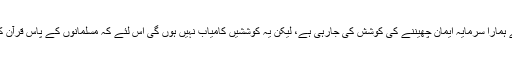
انہوں نے کہا کہ آج اسلامی قوانین کے متعلق شکوک و شبہات پیدا کرکے ہمارا سرمایہ ایمان چھیننے کی کوشش کی جارہی ہے، لیکن یہ کوششیں کامیاب نہیں ہوں گی اس لئے کہ مسلمانوں کے پاس قرآن کریم جیسی عظیم کتاب اور نب�ئ کریم ﷺ کا مبارک طریقہ موجود ہے۔